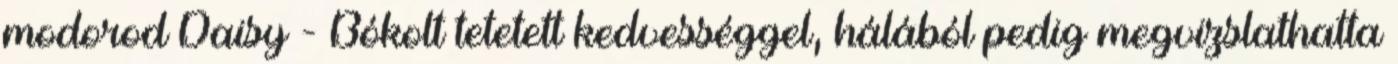
modorod Daisy - Bókolt tetetett kedvességgel, hálából pedig megvizslathatta